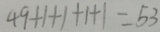
4 9 + 1 + 1 + 1 + 1 = 5 3